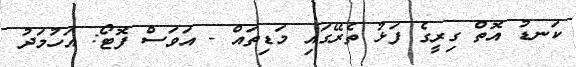
ކަނޑު އޮތް ގިރީގެ ފަޅު ތެރޭގައި މަޑިތައް - އަވަސް ފޮޓޯ: އަހުމަދު